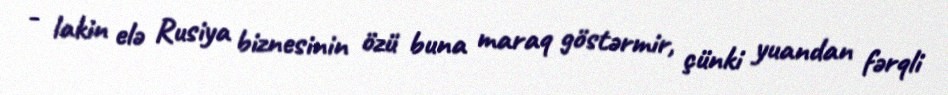
- lakin elə Rusiya biznesinin özü buna maraq göstərmir, çünki yuandan fərqli